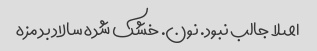
اصلا جالب نبود. نون. خشک شده سالاد بد مزه